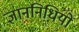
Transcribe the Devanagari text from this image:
ज्ञाननिधियों